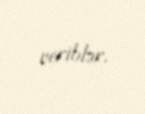
veriblər.